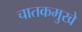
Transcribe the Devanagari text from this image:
चातकमुखे